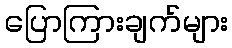
ပြောကြားချက်များ